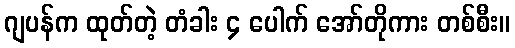
ဂျပန်က ထုတ်တဲ့ တံခါး ၄ ပေါက် အော်တိုကား တစ်စီး။